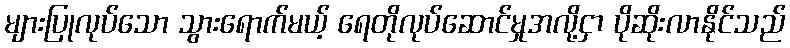
များပြုလုပ်သော သွားရောက်မယ့် ရေတိုလုပ်ဆောင်မှုအလို့ငှာ ပိုဆိုးလာနိုင်သည်